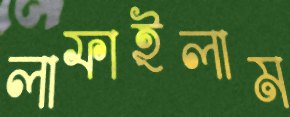
লাফাইলাম